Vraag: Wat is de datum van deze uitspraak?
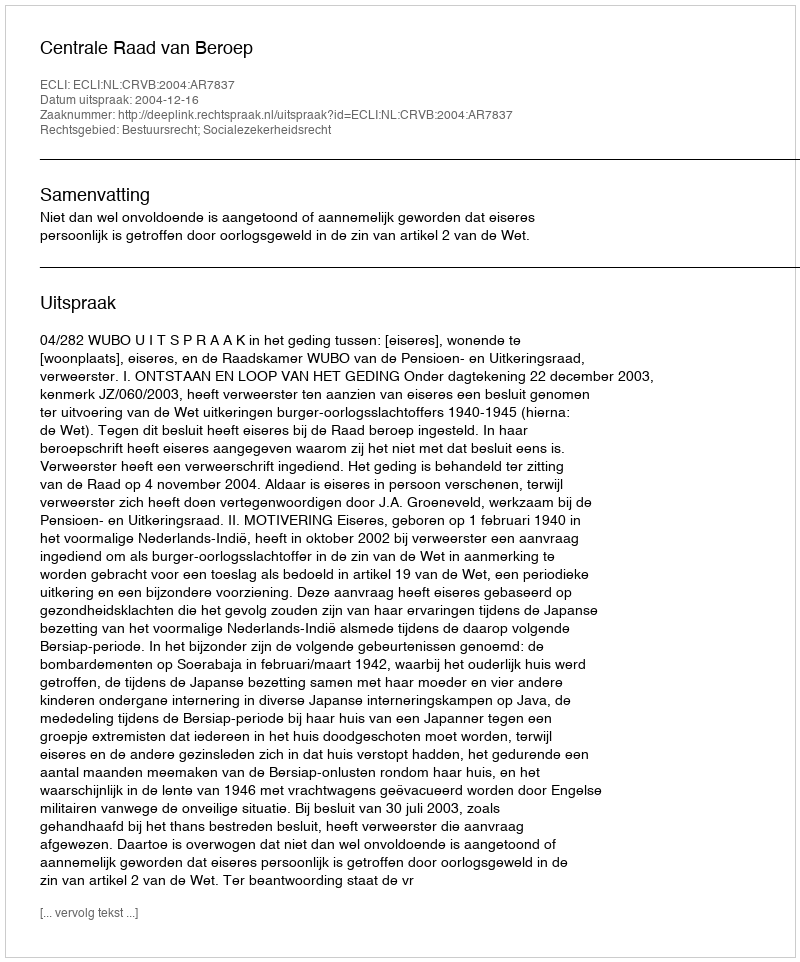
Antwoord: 2004-12-16